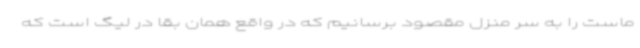
ماست را به سر منزل مقصود برسانیم که در واقع همان بقا در لیگ است که